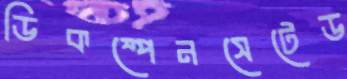
ডিকম্পেনসেটেড